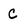
Character: C